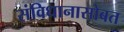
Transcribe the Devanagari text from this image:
संविधानासोबत